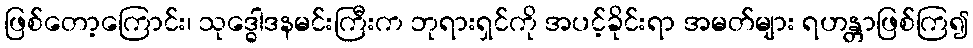
ဖြစ်တော့ကြောင်း၊ သုဒ္ဓေါဒနမင်းကြီးက ဘုရားရှင်ကို အပင့်ခိုင်းရာ အမတ်များ ရဟန္တာဖြစ်ကြ၍